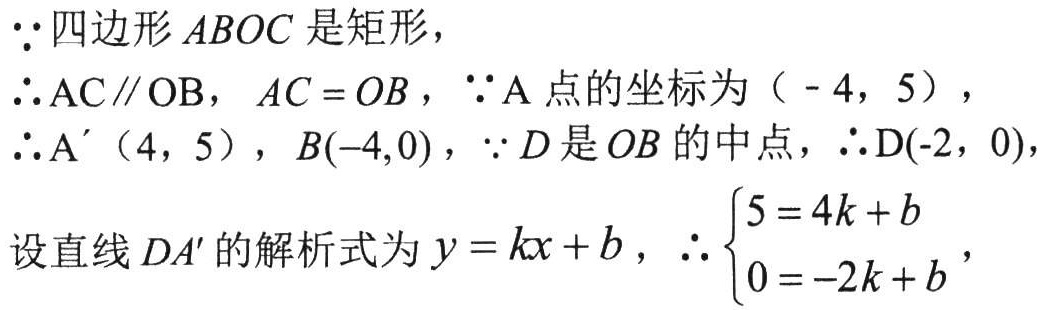
\(\because\)四边形\(ABOC\)是矩形，
\(\therefore AC\parallel OB\)，\(AC = OB\)，\(\because A\)点的坐标为\(( - 4,5)\)，
\(\therefore A'(4,5)\)，\(B(-4,0)\)，\(\because D\)是\(OB\)的中点，\(\therefore D(-2,0)\)，
设直线\(DA'\)的解析式为\(y = kx + b\)，\(\therefore \begin{cases}5 = 4k + b\\0 = -2k + b\end{cases}\)，